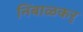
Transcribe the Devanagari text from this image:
निंबाळकर्